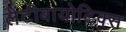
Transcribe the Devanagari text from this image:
लैंटीबायोटिक्स